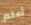
أعلم